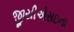
જીસીએસઇના